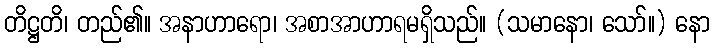
တိဋ္ဌတိ၊ တည်၏။ အနာဟာရော၊ အစာအာဟာရမရှိသည်။ (သမာနော၊ သော်။) နော